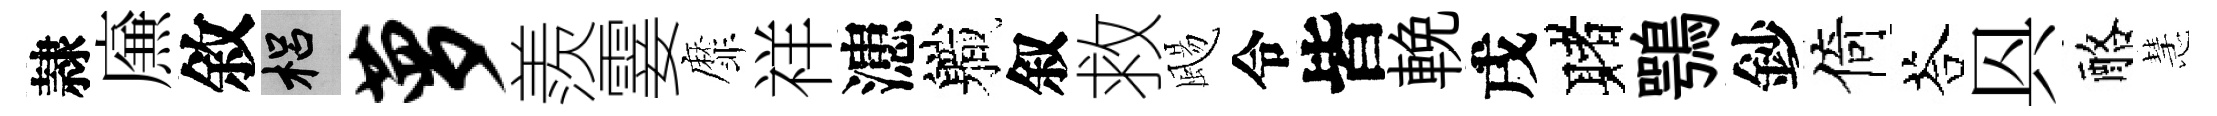
隷㢘敘梠萝羨霎靡祥漶軄叙救颺令皆輓戌赌鶚鈔倚荅㒷酪慧